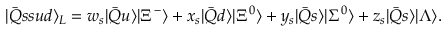
| \bar { Q } s s u d \rangle _ { L } = w _ { s } | \bar { Q } u \rangle | \Xi ^ { - } \rangle + x _ { s } | \bar { Q } d \rangle | \Xi ^ { 0 } \rangle + y _ { s } | \bar { Q } s \rangle | \Sigma ^ { 0 } \rangle + z _ { s } | \bar { Q } s \rangle | \Lambda \rangle .